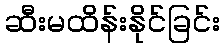
ဆီးမထိန်းနိုင်ခြင်း